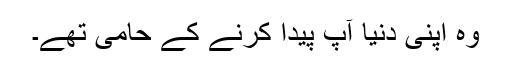
وہ اپنی دنیا آپ پیدا کرنے کے حامی تھے۔